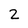
Character: 2